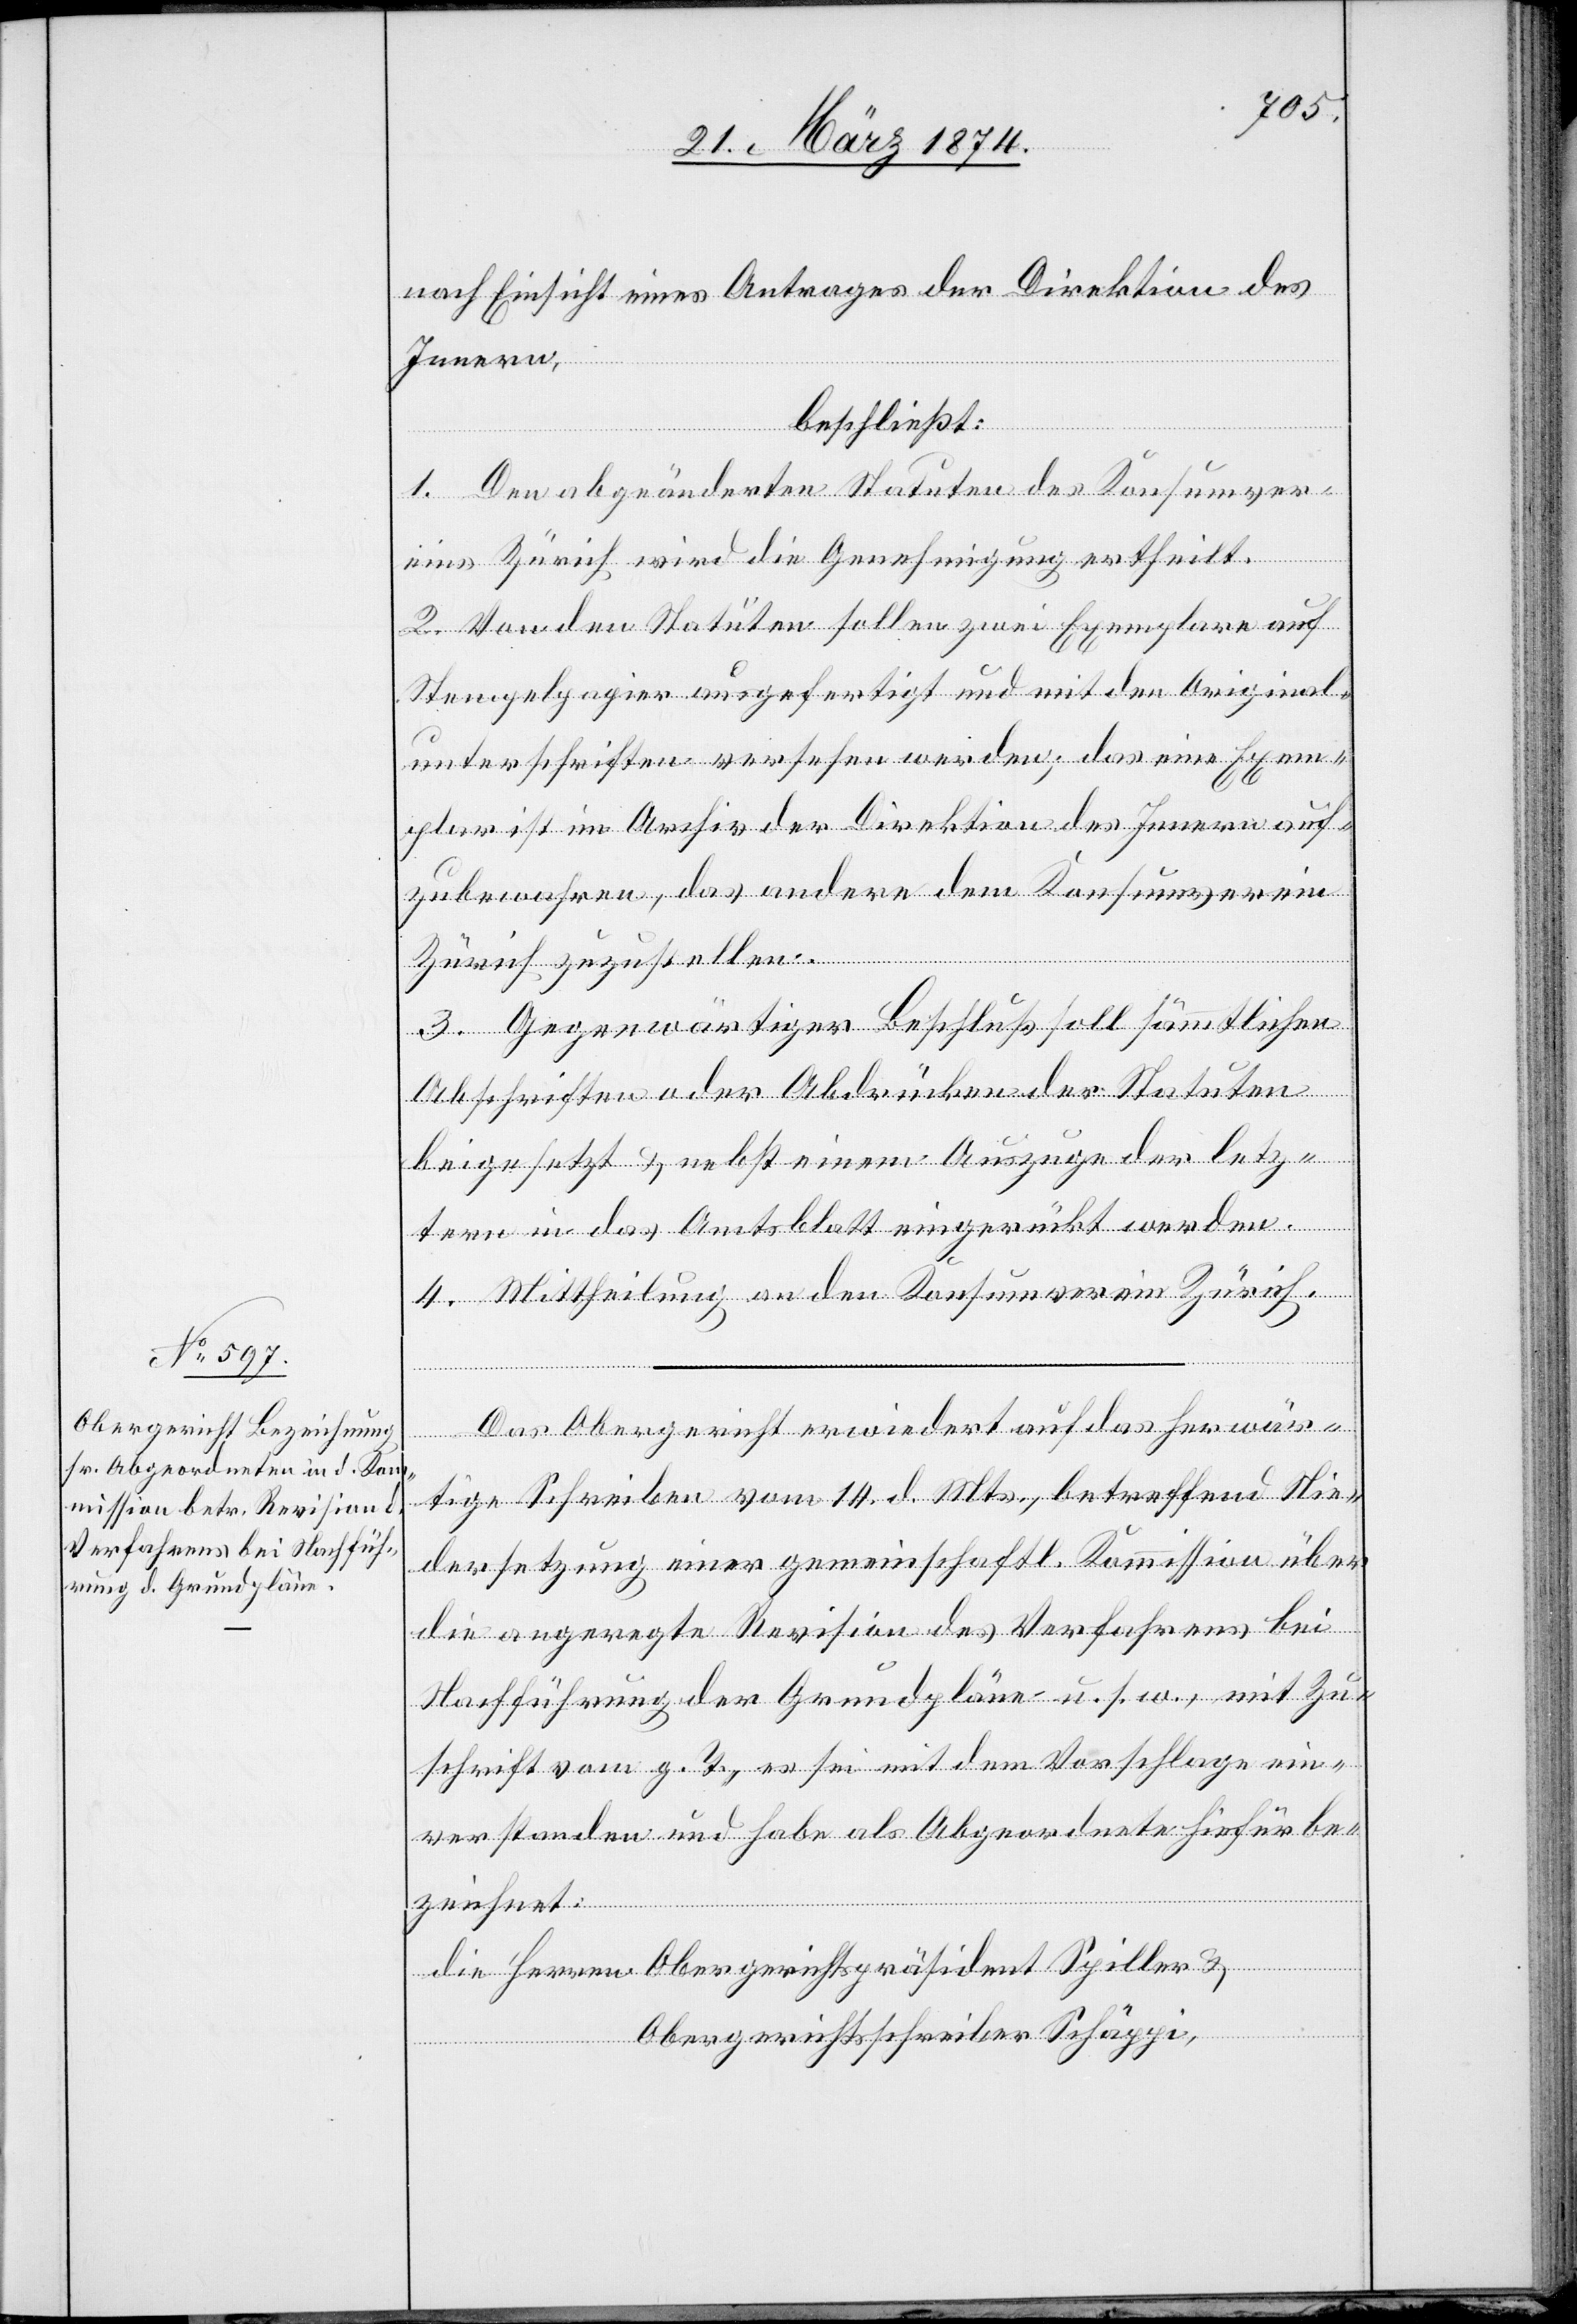
nach Einsicht eines Antrages der Direktion des
Innern,
beschließt:
1. Den abgeänderten Statuten des Konsumver¬
eins Zürich wird die Genehmigung ertheilt.
2. Von den Statuten sollen zwei Exemplare auf
Stempelpapier ausgefertigt und mit den Original¬
unterschriften versehen werden; das eine Exem¬
plar ist im Archiv der Direktion des Innern auf¬
zubewahren, das andere dem Konsumverein
Zürich zuzustellen.
3. Gegenwärtiger Beschluß soll sämmtlichen
Abschriften oder Abdrücken der Statuten
beigesetzt u. nebst einem Auszuge der letz¬
tern in das Amtsblatt eingerückt werden.
4. Mittheilung an den Konsumverein Zürich.
Das Obergericht erwiedert auf das herwär¬
tige Schreiben vom 14. d. Mts., betreffend Nie¬
dersetzung einer gemeinschaftl. Kommission über
die angeregte Revision des Verfahrens bei
Nachführung der Grundpläne u. s. w., mit Zu¬
schrift vom g. T., es sei mit dem Vorschlage ein¬
verstanden und habe als Abgeordnete hiefür be¬
zeichnet:
Die Herren Obergerichtspräsident Spiller u.
Obergerichtsschreiber Schäppi,